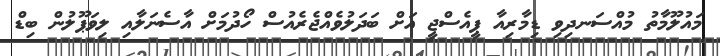
މައުލޫމާތު މުއްސަނދިވި ޑިމާރިއާ ޕީއެސްޖީ އަށް ބަދަލުވެއްޖެރެއުސް ހޯދުމަށް އާސެނަލާއި ލިވަޕޫލުން ބިޑް